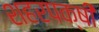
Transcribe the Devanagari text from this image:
शहरपक्षी